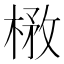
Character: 㮘